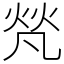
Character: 𤈺